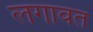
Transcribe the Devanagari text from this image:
लगावत